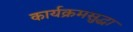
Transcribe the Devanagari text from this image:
कार्यक्रमसुद्धा